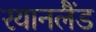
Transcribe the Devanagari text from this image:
रयानलैंड